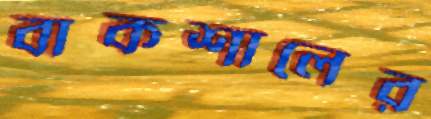
বাকশালের